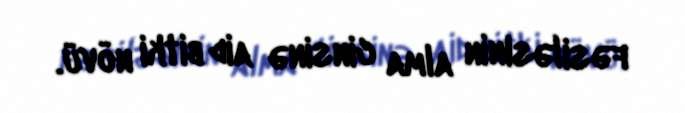
fəsiləsinin alma cinsinə aid bitki növü.